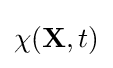
\chi (\mathbf {X} ,t)\,\!